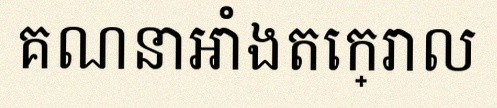
គណនាអាំងតេក្រាល